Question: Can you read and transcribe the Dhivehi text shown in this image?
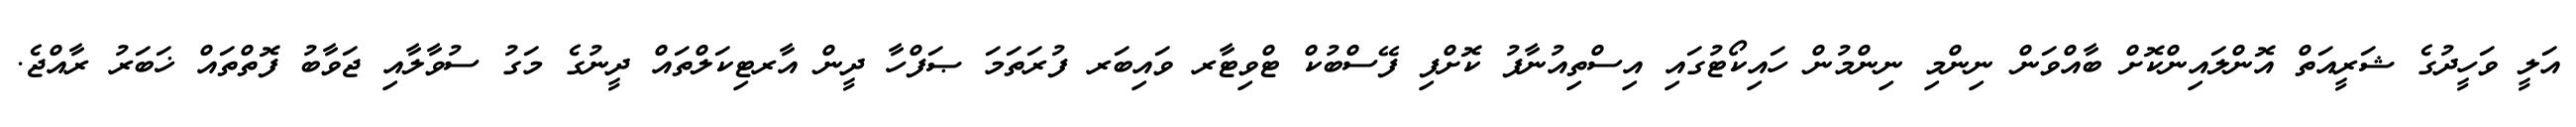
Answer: އަލީ ވަހީދުގެ ޝަރީއަތް އޮންލައިންކޮށް ބާއްވަން ނިންމި ނިންމުން ހައިކޯޓުގައި އިސްތިއުނާފު ކޮށްފި ފޭސްބުކް ޓްވިޓާރ ވައިބަރ ފުރަތަމަ ޞަފްހާ ދީން އާރޓިކަލްތައް ދީނުގެ މަގު ސުވާލާއި ޖަވާބު ފޮތްތައް ޚަބަރު ރާއްޖެ.